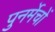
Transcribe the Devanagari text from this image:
पुनर्मेचों